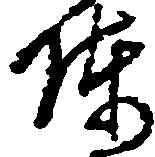
陣